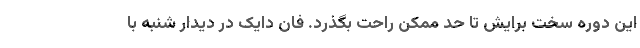
این دوره سخت برایش تا حد ممکن راحت بگذرد. فان دایک در دیدار شنبه با